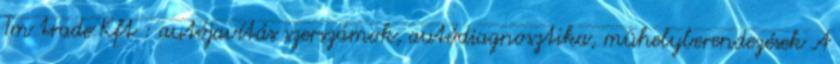
Tm trade Kft : autójavítás szerszámok, autódiagnosztika, mûhelyberendezések A